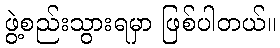
ဖွဲ့စည်းသွားရမှာ ဖြစ်ပါတယ်။